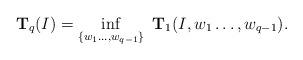
LaTeX: \begin{align*}{\bf T}_q(I)= \inf_{\{w_1\dots,w_{q-1}\}} \,\,{\bf T}_1(I,w_1\dots,w_{q-1}).\end{align*}